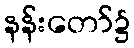
နန်းတော်၌